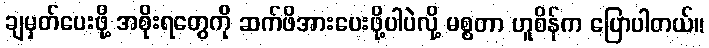
ချမှတ်ပေးဖို့ အစိုးရတွေကို ဆက်ဖိအားပေးဖို့ပါပဲလို့ မစ္စတာ ဟူစိန်က ပြောပါတယ်။